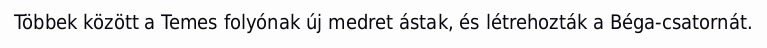
Többek között a Temes folyónak új medret ástak, és létrehozták a Béga-csatornát.